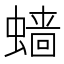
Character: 𲀂